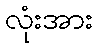
လုံးအား